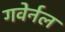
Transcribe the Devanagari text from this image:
गवेर्नल